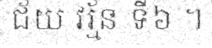
ជ័យ វរ្ម័ន ទី៦ ។